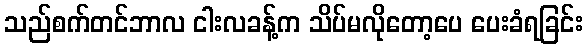
သည်စက်တင်ဘာလ ငါးလခန့်က သိပ်မလိုတော့ပေ ပေးခံရခြင်း